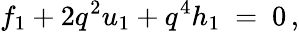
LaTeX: f_{1}+2q^{2}u_{1}+q^{4}h_{1}\ =\ 0\, ,